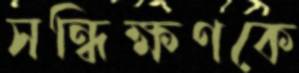
সন্ধিক্ষণকে